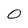
Character: O